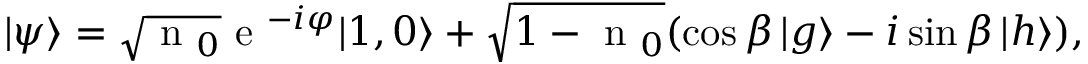
| \psi \rangle = \sqrt { \textrm { n } _ { 0 } } \textrm { e } ^ { - i \varphi } | 1 , 0 \rangle + \sqrt { 1 - \textrm { n } _ { 0 } } ( \cos \beta \, | g \rangle - i \sin \beta \, | h \rangle ) ,